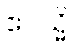
ဧဝသ္မိ